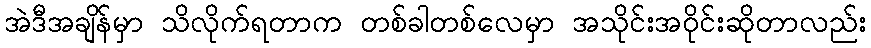
အဲဒီအချိန်မှာ သိလိုက်ရတာက တစ်ခါတစ်လေမှာ အသိုင်းအဝိုင်းဆိုတာလည်း